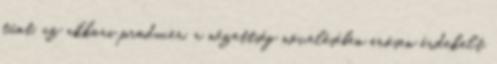
tűnt, az akkori producer, a nézettség növelésében erősen érdekelt